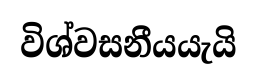
විශ්වසනීයයැයි